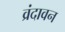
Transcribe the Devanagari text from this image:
व्रंदावन